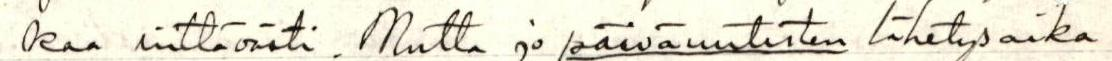
kaa riittävästi. Mutta jo päiväuutisten lähetysaika